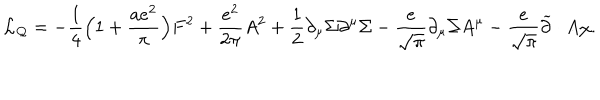
{ \cal L _ { Q } } = - { \frac { 1 } { 4 } } \Bigl ( 1 + { \frac { a e ^ { 2 } } { \pi } } \Bigr ) F ^ { 2 } + { \frac { e ^ { 2 } } { 2 \pi } } A ^ { 2 } + { \frac { 1 } { 2 } } \partial _ { \mu } \Sigma \partial ^ { \mu } \Sigma - { \frac { e } { \sqrt \pi } } \partial _ { \mu } \Sigma A ^ { \mu } - { \frac { e } { \sqrt \pi } } \widetilde { \partial } \cdot A \chi .